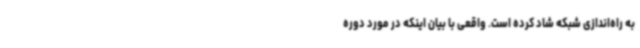
به راه‌اندازی شبکه شاد کرده است. واقعی با بیان اینکه در مورد دوره